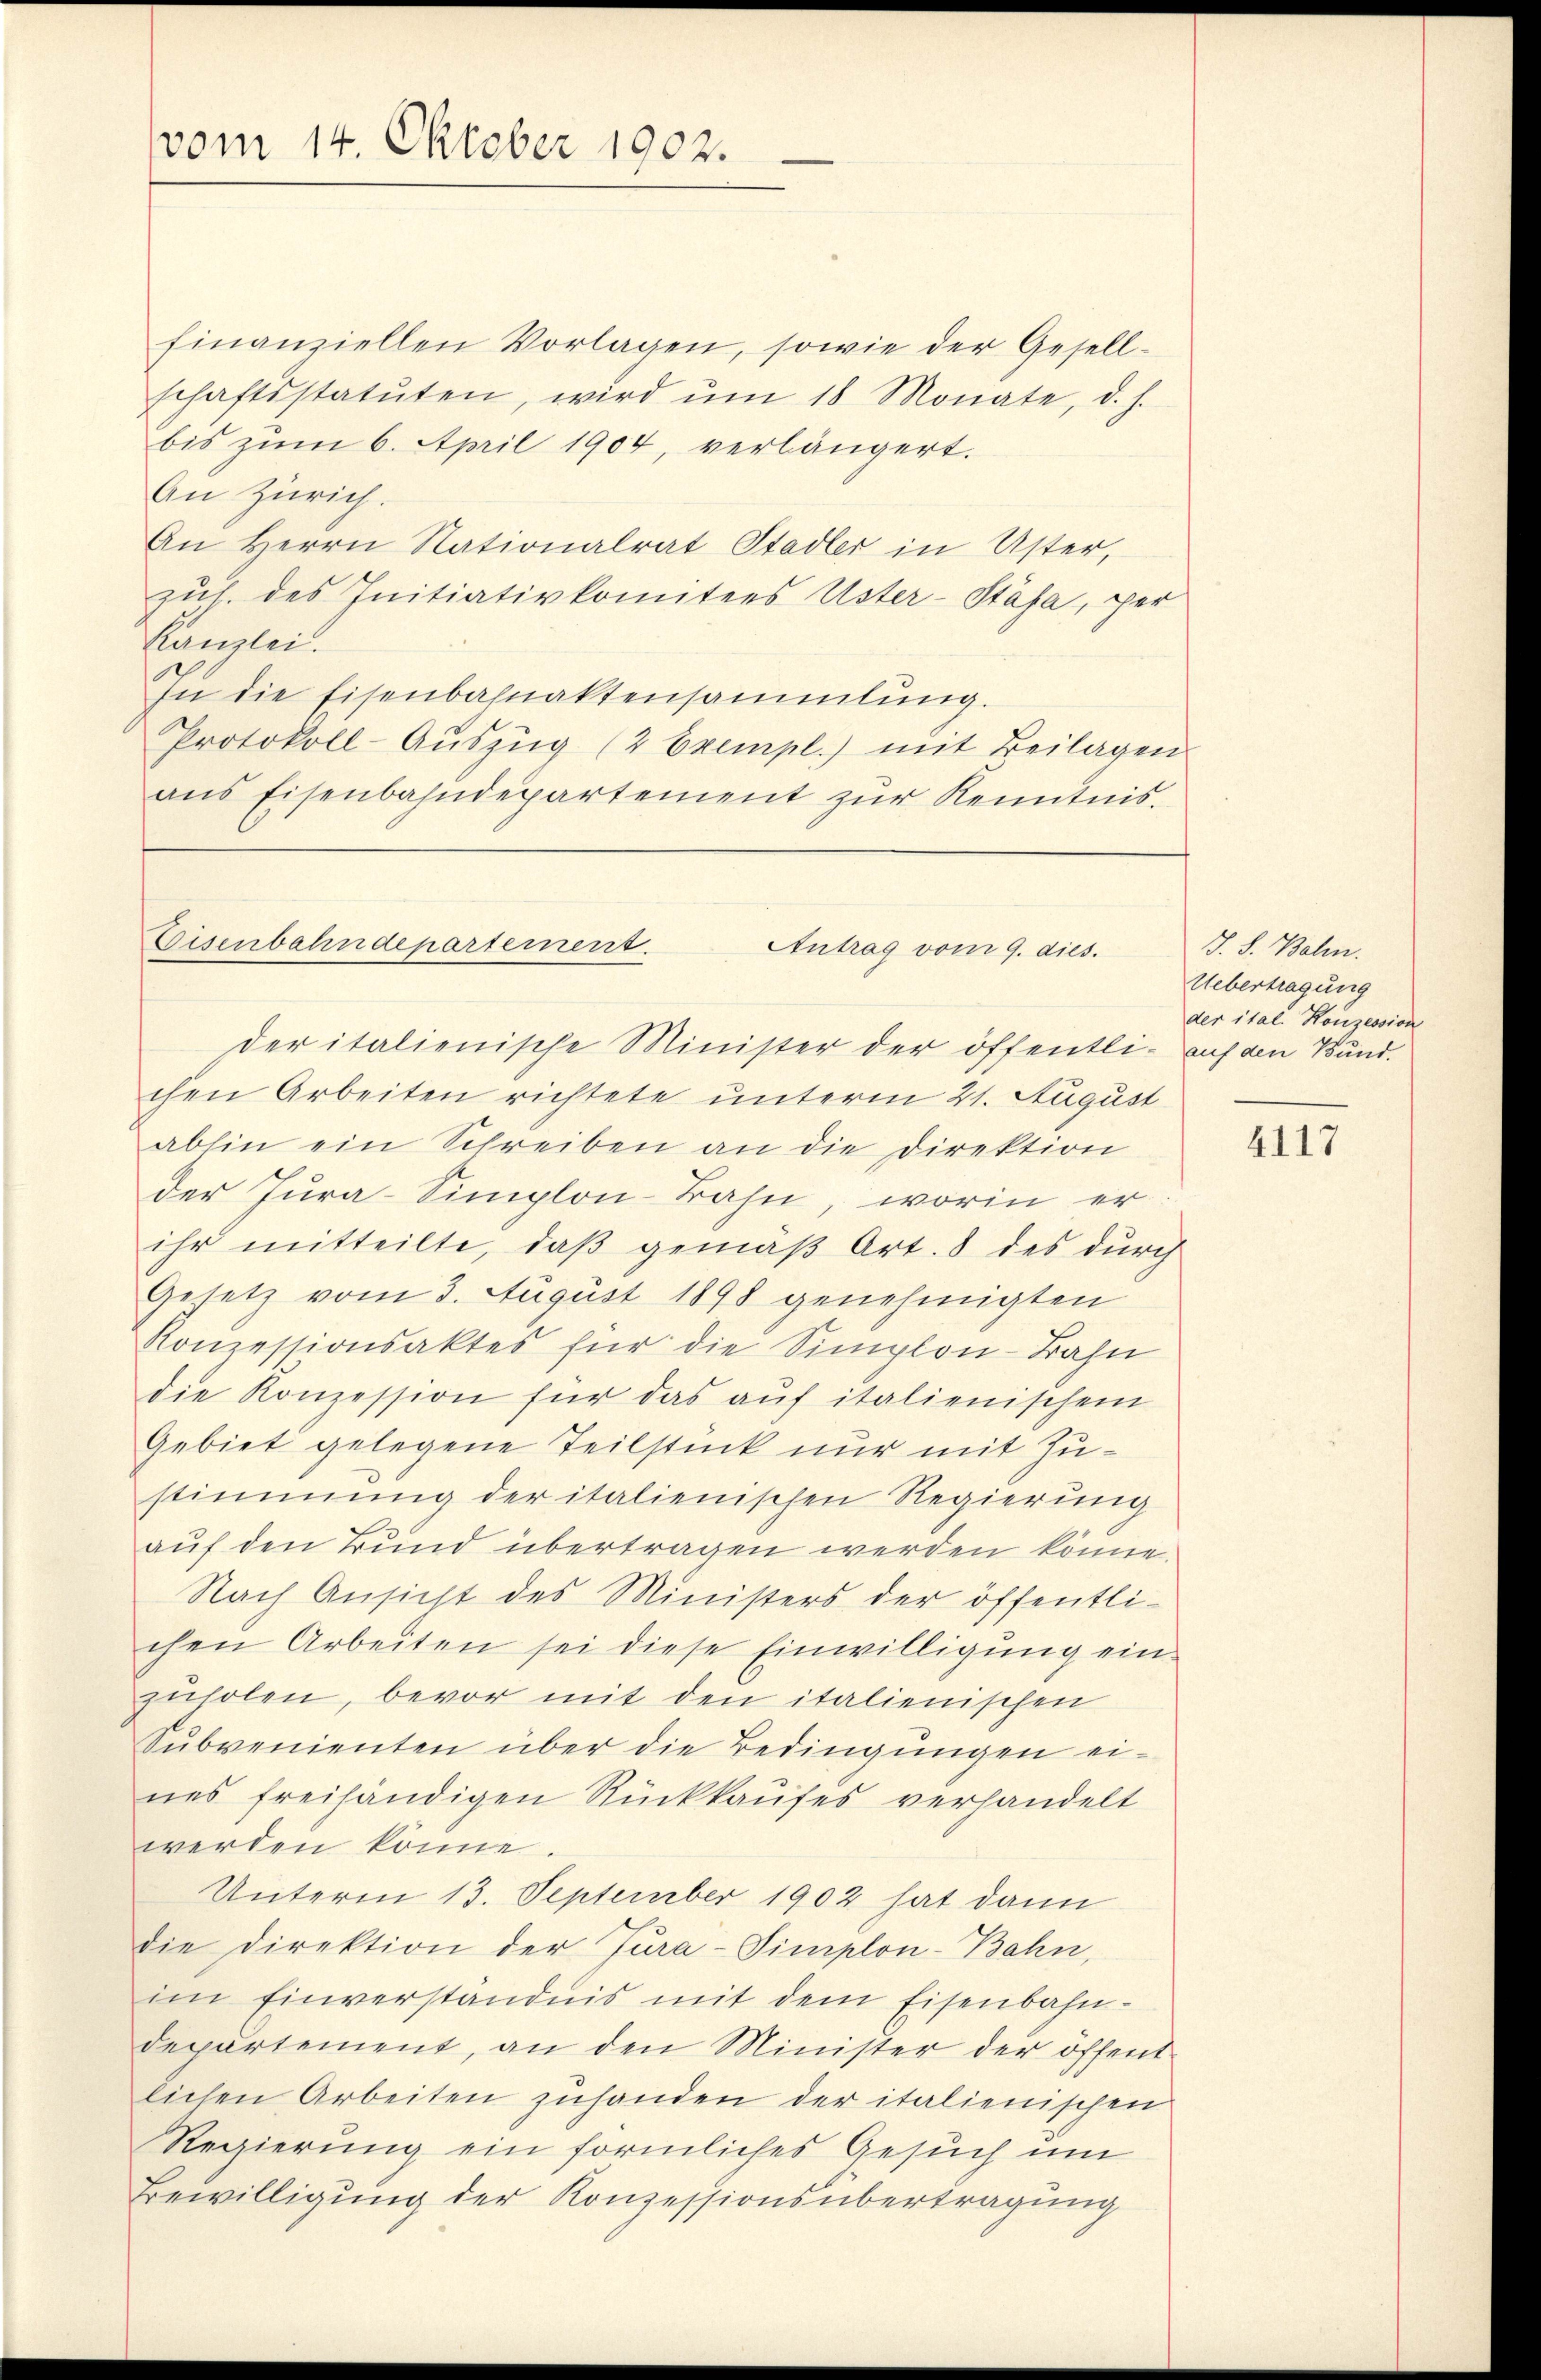
vom 14. Oktober 1902.

finanziellen Vorlagen, sowie der Gesell-
schaftsstatuten, wird ŭm 18 Monate, d. h.
bis zum 6. April 1904, verlängert.
An Zürich.
An Herrn Nationalrat Stadler in Uster,
zul. des Initiativkomitees Uster-Stäfa, per
Kanzlei.
In die Eisenbahnaktensammlung.
Protokoll-Aŭszŭg (2 Exempl.) mit Beilagen
ans Eisenbahndepartement zŭr Kenntnis.

Eisenbahndepartement.
Antrag vom 9. dies.
der italienische Minister der öffentli- auf an Bund.

chen Arbeiten richtete unterm 21. August
abhin ein Schreiben an die Direktion
der Jura-Simplon-Bahn, worin er
ihr mitteilte, daβ gemäβ Art. 8 des durch
Gesetz vom 3. August 1898 genehmigten
Konzessionsaktes für die Simplon-Bahn
die Konzession für das auf italienischem
Gebiet gelegene Teilstück nur mit Zustimmung der italienischen Regierung
auf den Bund übertragen werden könne.
Nach Ansicht des Ministers der öffentli-
chen Arbeiten sei diese Einwilligung ein-
zuholen, bevor mit den italienischen
Sŭbvenienten über die Bedingŭngen ei-
nes freihändigen Rückkaufes verhandelt
werden könne.
Unterm 13. September 1902 hat dann
die Direktion der Jura-Simplon-Bahn,
im Einverständnis mit dem Eisenbahndepartement, an den Minister der öffent-
lichen Arbeiten zuhanden der italienischen
Regierung ein förmliches Gesuch um
Bewilligung der Konzessionsübertragung

J. S. Balin.
Uebertragung
der ital. Konzession

4117